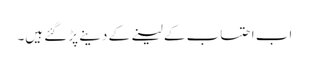
اب احتساب کے لینے کے دینے پڑ گئے ہیں۔